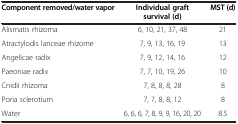
<table><thead><tr><td><b>Component removed/water vapor</b></td><td><b>Individual graft survival (d)</b></td><td><b>MST (d)</b></td></tr></thead><tbody><tr><td>Alismatis rhizoma</td><td>6, 10, 21, 37, 48</td><td>21</td></tr><tr><td>Atractylodis lanceae rhizome</td><td>7, 9, 13, 16, 19</td><td>13</td></tr><tr><td>Angelicae radix</td><td>7, 9, 12, 14, 16</td><td>12</td></tr><tr><td>Paeoniae radix</td><td>7, 7, 10, 19, 26</td><td>10</td></tr><tr><td>Cnidii rhizoma</td><td>7, 8, 8, 8, 28</td><td>8</td></tr><tr><td>Poria sclerotium</td><td>7, 7, 8, 8, 12</td><td>8</td></tr><tr><td>Water</td><td>6, 6, 6, 7, 8, 9, 9, 16, 20, 20</td><td>8.5</td></tr></tbody></table>